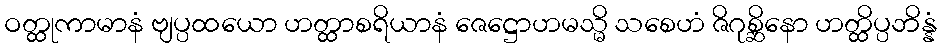
ဝတ္ထုကာမာနံ ဗျပ္ပထယော ဟတ္ထာစရိယာနံ ဇေဋ္ဌောဟမသ္မိ သစေဟံ ဇိဂုစ္ဆိနော ဟတ္ထိပ္ပဘိန္နံ